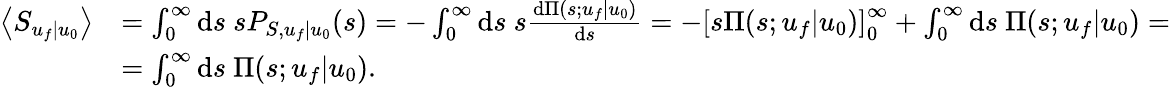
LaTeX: \begin{array}{rl}{\left\langle S_{u_{f}|u_{0}}\right\rangle}&{=\int_{0}^{\infty}\mathrm{d}s\ sP_{S,u_{f}|u_{0}}(s)=-\int_{0}^{\infty}\mathrm{d}s\ s\frac{\mathrm{d}\Pi(s;u_{f}|u_{0})}{\mathrm{d}s}=-\left[s\Pi(s;u_{f}|u_{0})\right]_{0}^{\infty}+\int_{0}^{\infty}\mathrm{d}s\ \Pi(s;u_{f}|u_{0})=}\\ &{=\int_{0}^{\infty}\mathrm{d}s\ \Pi(s;u_{f}|u_{0}).}\end{array}